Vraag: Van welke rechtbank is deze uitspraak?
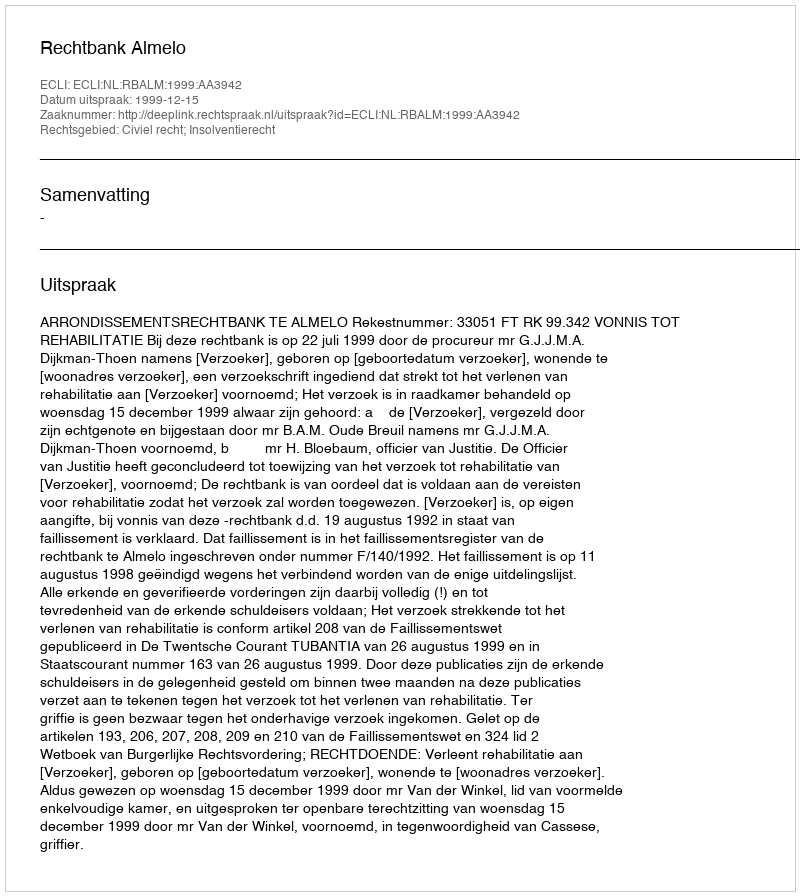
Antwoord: Rechtbank Almelo